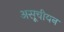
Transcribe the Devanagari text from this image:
असूचीयन